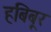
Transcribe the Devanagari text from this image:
हबिबूर